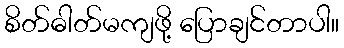
စိတ်ဓါတ်မကျဖို့ ပြောချင်တာပါ။